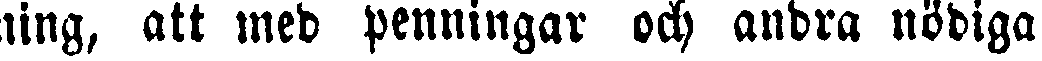
ning, att med penningar och andra nödiga